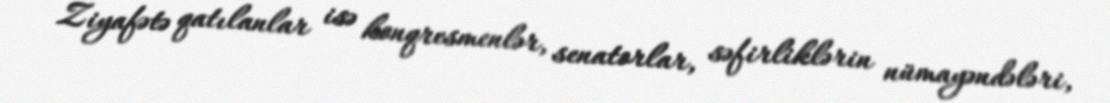
Ziyafətə qatılanlar isə konqresmenlər, senatorlar, səfirliklərin nümayəndələri,